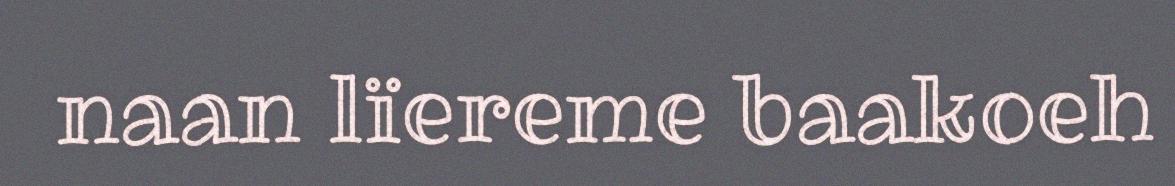
naan lïereme baakoeh